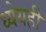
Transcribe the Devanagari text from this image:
ध्येयही